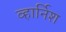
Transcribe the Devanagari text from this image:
व्हार्निश